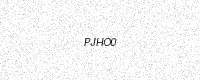
Text: PJHO0